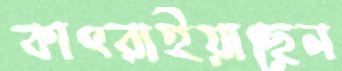
কাৎরাইয়াছেন